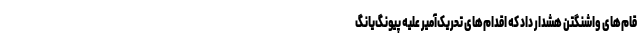
قام‌های واشنگتن هشدار داد که اقدام‌های تحریک‌آمیر علیه پیونگ‌یانگ